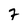
Character: 7